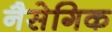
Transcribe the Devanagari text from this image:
नैसेगिक